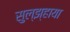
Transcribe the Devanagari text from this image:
सुल्झ्हाया